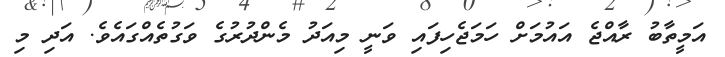
އަމީތާބު ރާއްޖެ އައުމަށް ހަމަޖެހިފައި ވަނީ މިއަދު މެންދުރުގެ ވަގުތެއްގައެވެ. އަދި މި